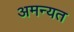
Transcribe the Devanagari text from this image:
अमन्यत